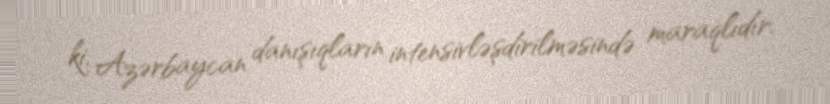
ki, Azərbaycan danışıqların intensivləşdirilməsində maraqlıdır.